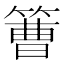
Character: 𥲍